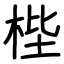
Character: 梐